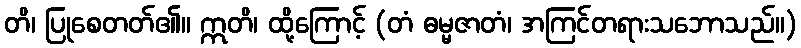
တိ၊ ပြုစေတတ်၏။ ဣတိ၊ ထို့ကြောင့် (တံ ဓမ္မဇာတံ၊ အကြင်တရားသဘောသည်။)